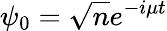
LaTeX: \psi_{0}={\sqrt{n}}e^{-i\mu t}